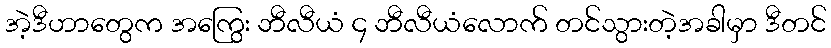
အဲ့ဒီဟာတွေက အကြွေး ဘီလီယံ ၄ ဘီလီယံလောက် တင်သွားတဲ့အခါမှာ ဒီတင်